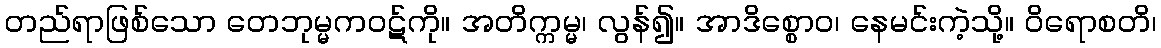
တည်ရာဖြစ်သော တေဘုမ္မကဝဋ်ကို။ အတိက္ကမ္မ၊ လွန်၍။ အာဒိစ္စောဝ၊ နေမင်းကဲ့သို့။ ဝိရောစတိ၊